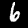
Label: 6